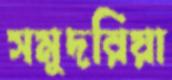
সমুদরিয়া